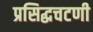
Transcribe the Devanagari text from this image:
प्रसिद्धचटणी